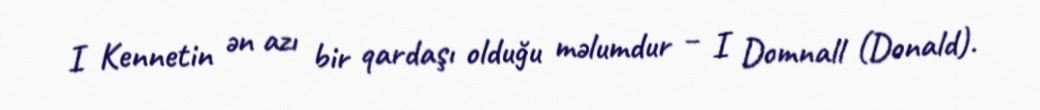
I Kennetin ən azı bir qardaşı olduğu məlumdur – I Domnall (Donald).